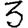
Digit: 3